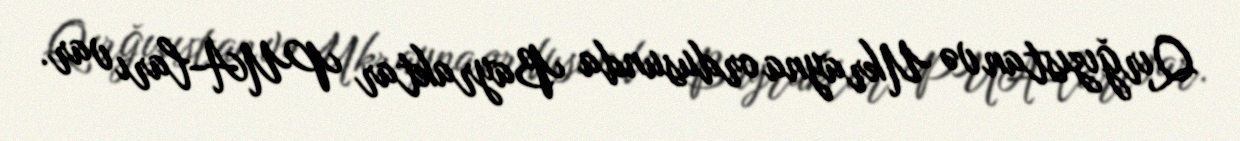
Qırğızıstan və Ukrayna ordusunda Bayraktar PUA-ları var.